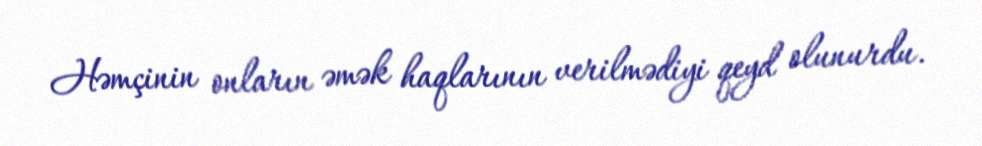
Həmçinin onların əmək haqlarının verilmədiyi qeyd olunurdu.